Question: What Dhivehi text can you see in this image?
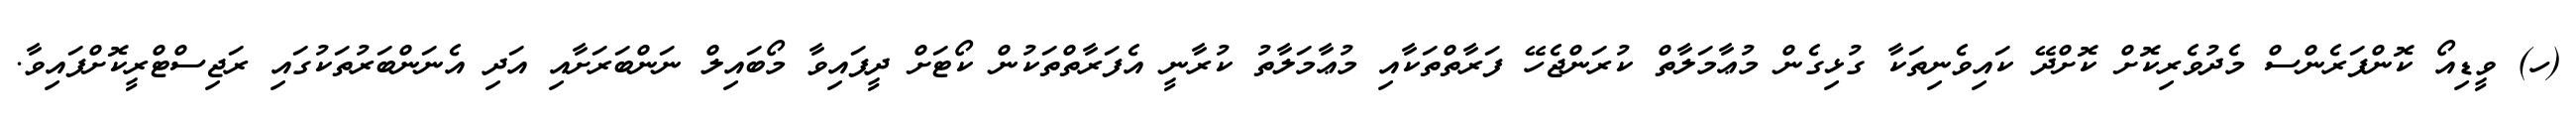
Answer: (ހ) ވީޑިއޯ ކޮންފަރެންސް މެދުވެރިކޮށް ކޮށްދޭ ކައިވެނިތަކާ ގުޅިގެން މުޢާމަލާތް ކުރަންޖެހޭ ފަރާތްތަކާއި މުޢާމަލާތު ކުރާނީ އެފަރާތްތަކުން ކޯޓަށް ދީފައިވާ މޯބައިލް ނަންބަރަށާއި އަދި އެނަންބަރުތަކުގައި ރަޖިސްޓްރީކޮށްފައިވާ.